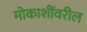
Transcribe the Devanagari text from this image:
मोकाशींवरील